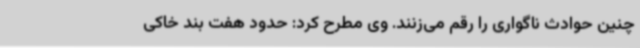
چنین حوادث ناگواری را رقم می‌زنند. وی مطرح کرد: حدود هفت بند خاکی